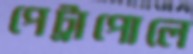
পেট্রাপোলে